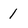
Character: 1